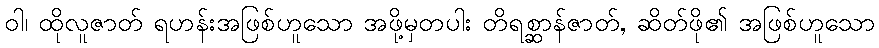
ဝါ၊ ထိုလူဇာတ် ရဟန်းအဖြစ်ဟူသော အဖို့မှတပါး တိရစ္ဆာန်ဇာတ်, ဆိတ်ဖို၏ အဖြစ်ဟူသော